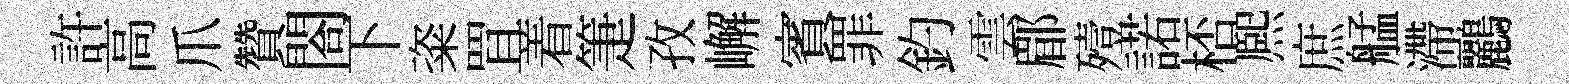
許高爪贊閤下粢罝着箑孜嶰賓罪釣雲郿殪諾桮熈庶艋滯鸝